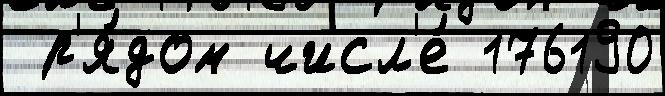
 р'я́дом числ'е́ 176190